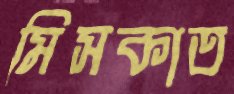
মিসকাত